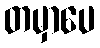
တမှာပေ